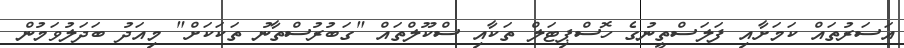
އަސަރުތައް ކަމަށާއި ފަލަސްތީނުގެ ހޮސްޕިޓަލް ތަކާއި ސްކޫލްތައް "ގަބުރުސްތާނު ތަކަކަށް" މިއަދު ބަދަލުވަމުން